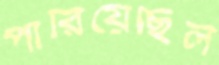
পারিয়েছিল